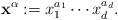
LaTeX: \begin{align*}\mathbf{x}^{\mathbf{\alpha}}:=x_1^{a_1}\cdots x_d^{a_d}.\end{align*}